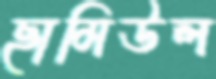
ছামিউল